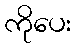
ကိုပေး